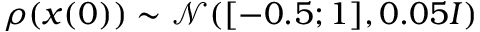
\rho ( x ( 0 ) ) \sim \mathcal { N } ( [ - 0 . 5 ; 1 ] , 0 . 0 5 I )